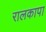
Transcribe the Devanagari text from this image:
रालकापा